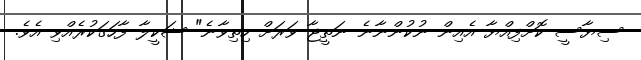
ސިޔާސީ ކޮށްފިއްޔާ އެއިން ނުކުންނާނެ ނަތީޖާ ވަރަށް ހިތިވާނެ" ޝަކީލާ ފާހަގަކުރެއްވި އެވެ.